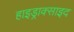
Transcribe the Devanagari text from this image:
हाइड्राक्साइद